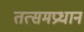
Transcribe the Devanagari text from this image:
तत्समप्रधान